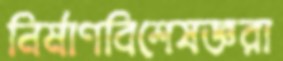
নির্মাণবিশেষজ্ঞরা